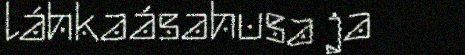
láhkaásahusa ja